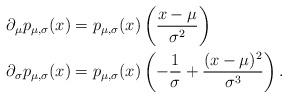
LaTeX: \begin{align*}\partial_\mu p_{\mu,\sigma}(x) &= p_{\mu,\sigma}(x) \left( \frac{x-\mu}{\sigma^2}\right)\\\partial_\sigma p_{\mu,\sigma}(x) &= p_{\mu,\sigma}(x)\left( -\frac{1}{\sigma} + \frac{(x-\mu)^2}{\sigma^3}\right).\end{align*}